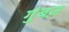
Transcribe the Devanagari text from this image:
गुंबज़